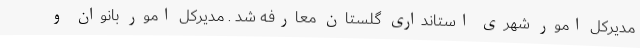
مدیرکل امور شهری استانداری گلستان معارفه شد . مدیرکل امور بانوان و